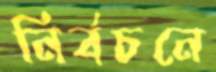
নির্বচনে